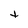
Character: t